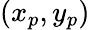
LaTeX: (x_{p},y_{p})